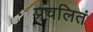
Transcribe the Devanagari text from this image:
प्रचलितं